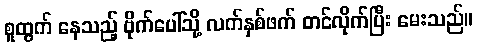
စူထွက် နေသည့် ဗိုက်ပေါ်သို့ လက်နှစ်ဖက် တင်လိုက်ပြီး မေးသည်။